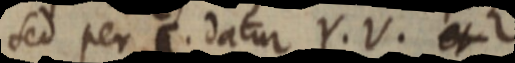
sed per datur Y. V. et